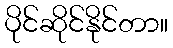
ပိုင်ဆိုင်နိုင်တာ။